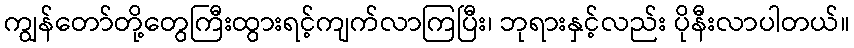
ကျွန်တော်တို့တွေကြီးထွားရင့်ကျက်လာကြပြီး၊ ဘုရားနှင့်လည်း ပိုနီးလာပါတယ်။